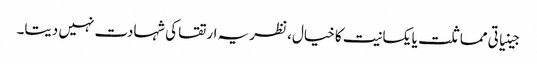
جینیاتی مماثلت یا یکسانیت کا خیال، نظریہ ارتقا کی شہادت نہیں دیتا۔